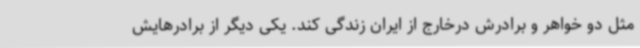
مثل دو خواهر و برادرش درخارج از ایران زندگی کند. یکی دیگر از برادرهایش